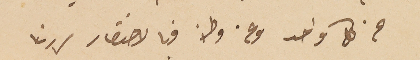
عن كل واحد وعن وطنه فبالاختصار سررنا